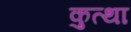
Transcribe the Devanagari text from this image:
कुत्था